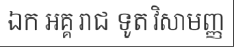
ឯក អគ្គ រាជ ទូត វិសាមញ្ញ